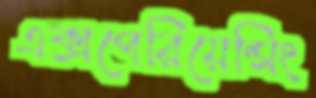
এক্সপেরিয়েন্সিং